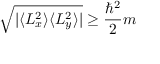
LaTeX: { \sqrt { | \langle L _ { x } ^ { 2 } \rangle \langle L _ { y } ^ { 2 } \rangle | } } \geq { \frac { \hbar ^ { 2 } } { 2 } } m